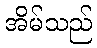
အိမ်သည်